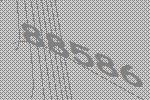
88586